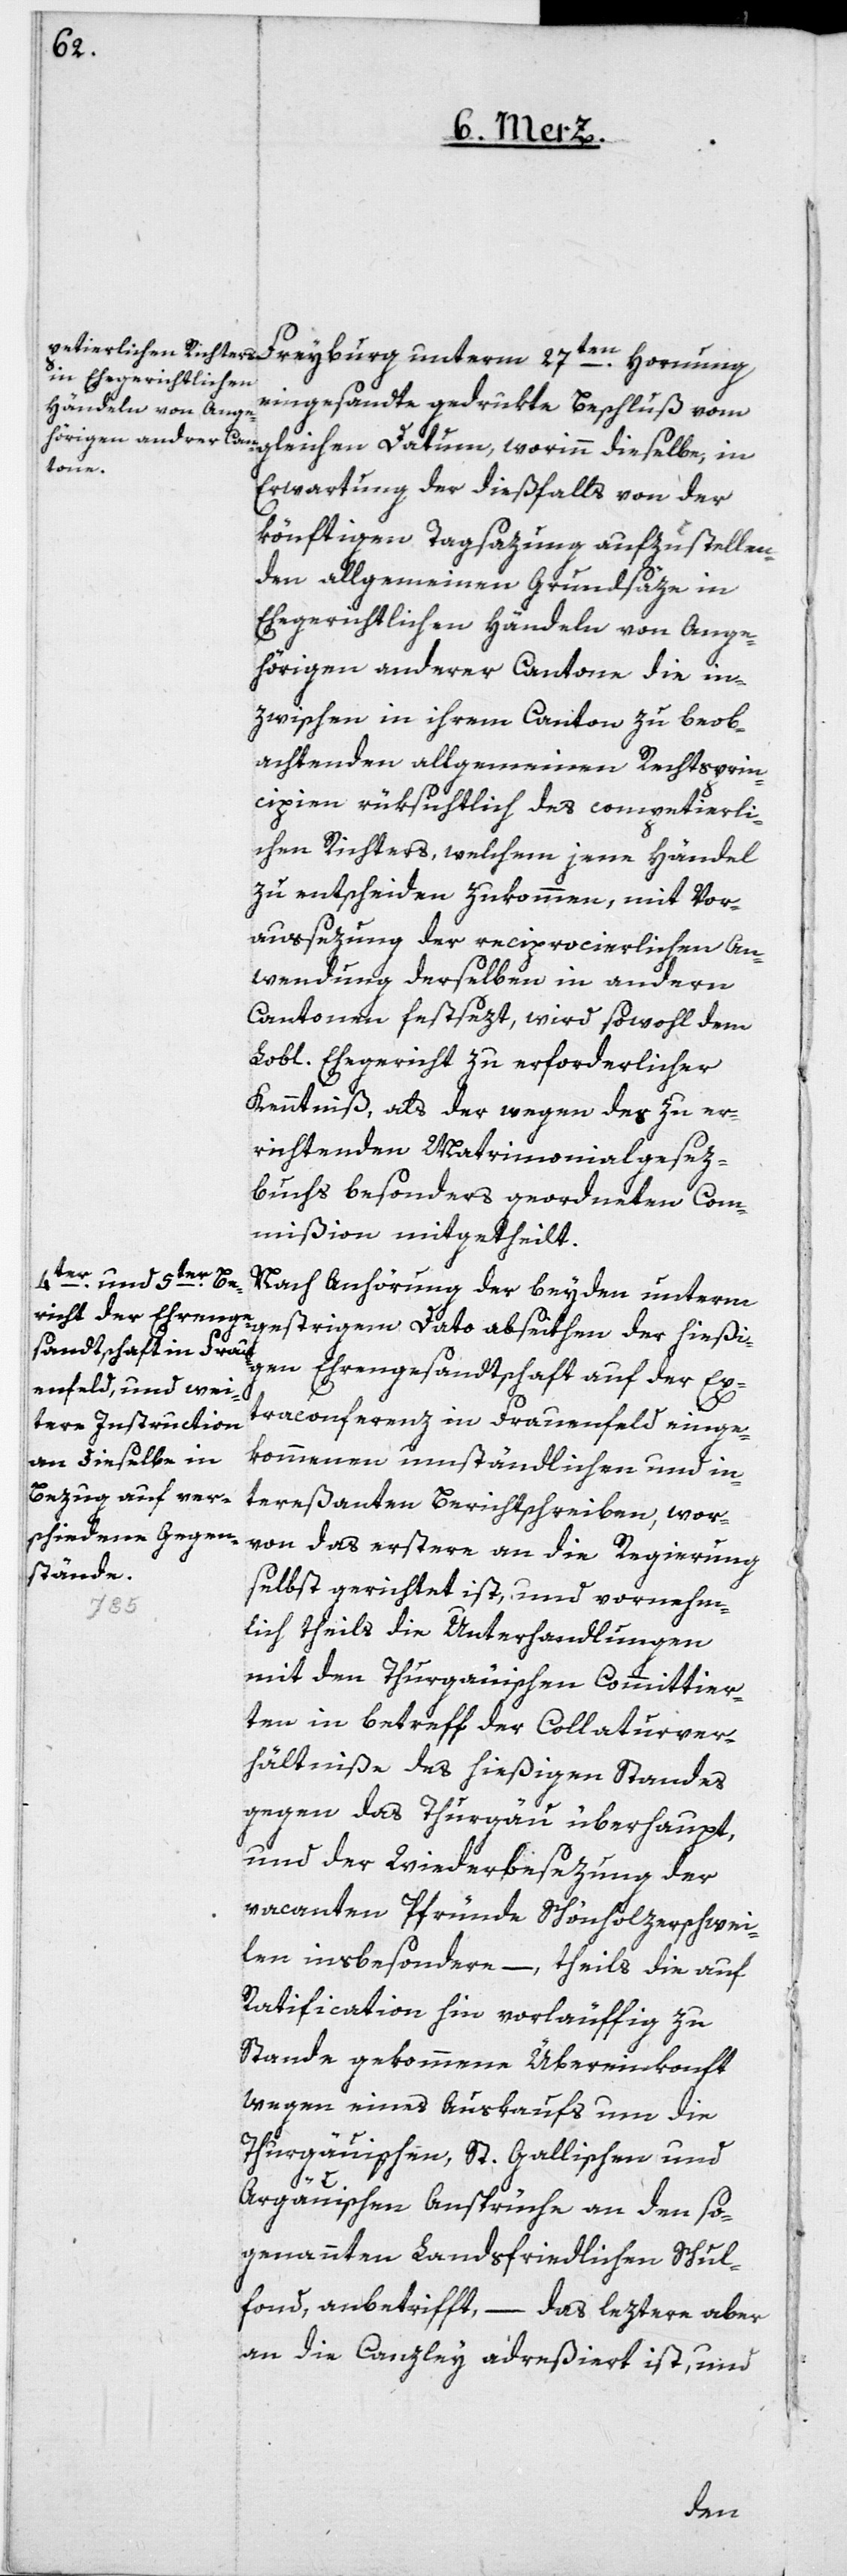
Freyburg unterm 27ten Hornung
eingesandte gedrukte Beschluß vom
gleichen Datum, worinn dieselbe, in
Erwartung der dießfalls von der
könftigen Tagsazung aufzustellen¬
den allgemeinen Grundsäze in
Ehegerichtlichen Händeln von Ange¬
hörigen anderer Cantone die in¬
zwischen in ihrem Canton zu beob¬
achtenden allgemeinen Rechtsprin¬
zipien rüksichtlich des competierli¬
chen Richters, welchem jene Händel
zu entscheiden zukommen, mit Vor¬
aussezung der reciprocierlichen An¬
wendung derselben in andern
Cantonen festsezt, wird sowohl dem
Lobl. Ehegericht zu erforderlicher
Kenntniß, als der wegen des zu er¬
richtenden Matrimonialgesez¬
buchs besonders geordneten Com¬
mißion mitgetheilt.
Nach Anhörung der beyden unterm
gestrigem Dato abseithen der hießi¬
gen Ehrengesandtschaft auf der Ex¬
traconferenz in Frauenfeld einge¬
kommenen umständlichen und in¬
tereßanten Berichtschreiben, wor¬
von das erstere an die Regierung
selbst gerichtet ist, und vornehm¬
lich theils die Unterhandlungen
mit den Thurgauischen Committier¬
ten in betreff der Collaturver¬
hältniße des hießigen Standes
gegen das Thurgau überhaupt,
und der Wiederbesezung der
vacanten Pfründe Schönholzerschwei¬
len insbesondere, – theils die auf
Ratification hin vorläuffig zu
Stande gekommene Übereinkonft
wegen eines Auskaufs um die
Thurgauischen, St. Gallischen und
Argäuischen Ansprüche an den so¬
genannten Landsfriedlichen Schul¬
fond, anbetrifft, – das leztere aber
an die Canzley adreßiert ist, und